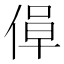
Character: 𫣁